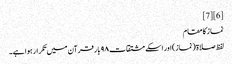
[6] [7]
نماز کا مقام
لفظ صلاۃ (نماز)اور اسکے مشتقات ۹۸ بار قرآن میں تکرار ہوا ہے۔